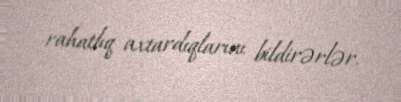
rahatlıq axtardıqlarını bildirərlər.